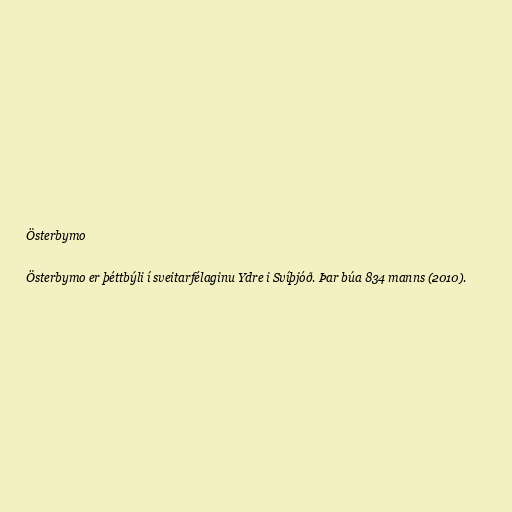
Österbymo

Österbymo er þéttbýli í sveitarfélaginu Ydre i Svíþjóð. Þar búa 834 manns (2010).